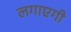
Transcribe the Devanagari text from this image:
लगाएगी